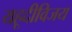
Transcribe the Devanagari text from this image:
यहूदीविजय